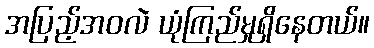
အပြည့်အဝလဲ ယုံကြည်မှုရှိနေတယ်။